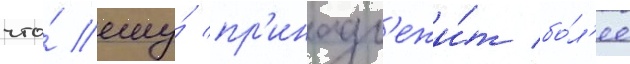
что́ ему́ пр'инадл'ежи́т бо́л'ее